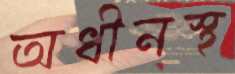
অধীনস্থ